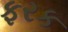
ફરક